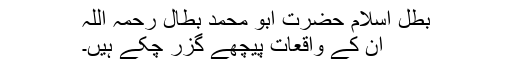
بطل اسلام حضرت ابو محمد بطال رحمہ اللہ​
ان کے واقعات پیچھے گزر چکے ہیں۔